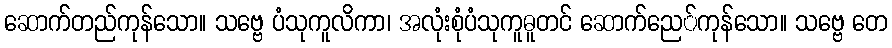
ဆောက်တည်ကုန်သော။ သဗ္ဗေ ပံသုကူလိကာ၊ အလုံးစုံပံသုကူဓူတင် ဆောက်ညေ်ကုန်သော။ သဗ္ဗေ တေ